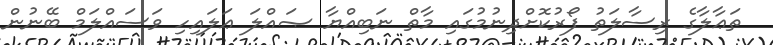
ތަޢާލާގެ ރިސާލަތު ފޯރުކޮށްދިނުމުގައި މާތް ނަބިއްޔާ ޞައްލަ ޢަލައިހި ވަސައްލަމް ބޭނުން